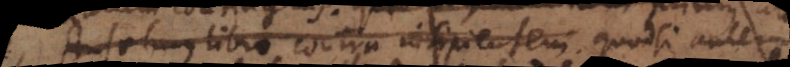
Anselmus libro contra insipientem. Quodsi autem